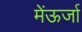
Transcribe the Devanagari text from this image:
मेंऊर्जा